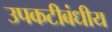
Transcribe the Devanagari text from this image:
उपकटीबंधीय